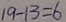
1 9 - 1 3 = 6